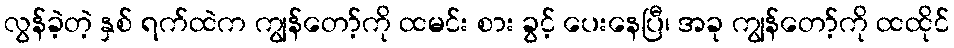
လွန်ခဲ့တဲ့ နှစ် ရက်ထဲက ကျွန်တော့်ကို ထမင်း စား ခွင့် ပေးနေပြီ၊ အခု ကျွန်တော့်ကို ထထိုင်